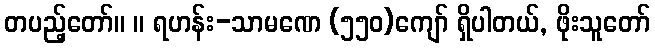
တပည့်တော်။ ။ ရဟန်း-သာမဏေ (၅၅၀)ကျော် ရှိပါတယ်, ဖိုးသူတော်